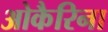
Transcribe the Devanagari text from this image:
ओकैरिना